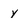
Character: y